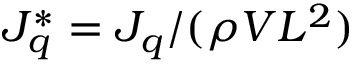
J _ { q } ^ { * } = J _ { q } / ( \rho V L ^ { 2 } )